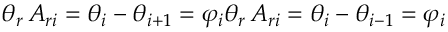
\theta _ { r } \, A _ { r i } = \theta _ { i } - \theta _ { i + 1 } = \varphi _ { i } \theta _ { r } \, A _ { r i } = \theta _ { i } - \theta _ { i - 1 } = \varphi _ { i }